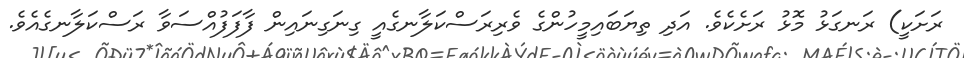
ރަށަކީ) ރަނގަޅު މޮޅު ރަށެކެވެ. އަދި ތިޔަބައިމީހުންގެ ވެރިރަސްކަލާނގެއީ ގިނަގިނައިން ފާފަފުއްސަވާ ރަސްކަލާނގެއެވެ.